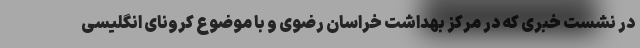
در نشست خبری که در مرکز بهداشت خراسان رضوی و با موضوع کرونای انگلیسی